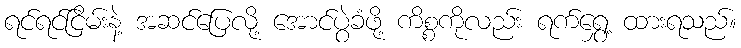
ရင်ရင်ငြိမ်းနဲ့ အဆင်ပြေလို့ အောင်ပွဲခံဖို့ ကိစ္စကိုလည်း ရက်ရွှေ့ ထားရသည်။